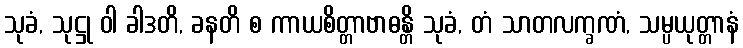
သုခံ, သုဋ္ဌု ဝါ ခါဒတိ, ခနတိ စ ကာယစိတ္တာဗာဓန္တိ သုခံ, တံ သာတလက္ခဏံ, သမ္ပယုတ္တာနံ